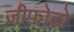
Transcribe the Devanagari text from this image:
जीफोटो